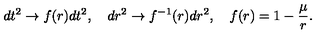
d t ^ { 2 } \to f ( r ) d t ^ { 2 } , \quad d r ^ { 2 } \to f ^ { - 1 } ( r ) d r ^ { 2 } , \quad f ( r ) = 1 - \frac { \mu } { r } .